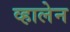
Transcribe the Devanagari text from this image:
व्हालेन